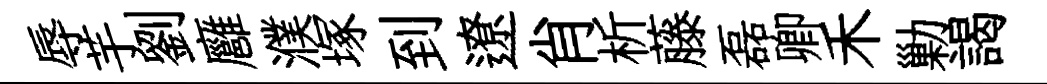
辱芋劉廱濮塚到遼肖析藤磊卿禾勦謁